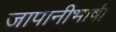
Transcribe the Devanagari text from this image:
जापानीभाषी